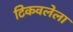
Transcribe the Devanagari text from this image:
टिकवलेला